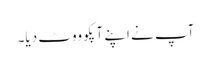
آپ نے اپنے آپکو ووٹ دیا۔